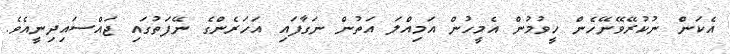
އެކަން ނުކުރޭވޭނޭހެން ހީވުމުން އެމީހުން އަމިއްލަ އަތުން ނަގާފައި އަހަރެންގެ ނޭފަތުގައި ޖައްސައިދިނީއެވެ.